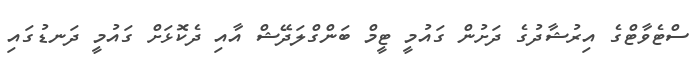
ސްޓެވާޓްގެ އިރުޝާދުގެ ދަށުން ގައުމީ ޓީމް ބަންގްލަދޭޝް އާއި ދެކޮޅަށް ގައުމީ ދަނޑުގައި